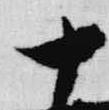
十